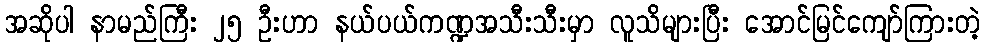
အဆိုပါ နာမည်ကြီး ၂၅ ဦးဟာ နယ်ပယ်ကဏ္ဍအသီးသီးမှာ လူသိများပြီး အောင်မြင်ကျော်ကြားတဲ့